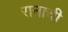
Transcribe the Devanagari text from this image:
रानाची